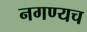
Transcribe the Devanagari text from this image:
नगण्यच